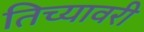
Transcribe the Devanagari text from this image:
तिच्यावरी